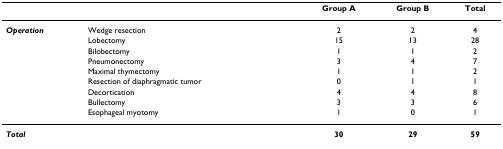
<table><thead><tr><td></td><td></td><td><b>Group A</b></td><td><b>Group B</b></td><td><b>Total</b></td></tr></thead><tbody><tr><td><b><i>Operation</i></b></td><td>Wedge resection</td><td>2</td><td>2</td><td>4</td></tr><tr><td></td><td>Lobectomy</td><td>15</td><td>13</td><td>28</td></tr><tr><td></td><td>Bilobectomy</td><td>1</td><td>1</td><td>2</td></tr><tr><td></td><td>Pneumonectomy</td><td>3</td><td>4</td><td>7</td></tr><tr><td></td><td>Maximal thymectomy</td><td>1</td><td>1</td><td>2</td></tr><tr><td></td><td>Resection of diaphragmatic tumor</td><td>0</td><td>1</td><td>1</td></tr><tr><td></td><td>Decortication</td><td>4</td><td>4</td><td>8</td></tr><tr><td></td><td>Bullectomy</td><td>3</td><td>3</td><td>6</td></tr><tr><td></td><td>Esophageal myotomy</td><td>1</td><td>0</td><td>1</td></tr><tr><td><b><i>Total</i></b></td><td></td><td><b>30</b></td><td><b>29</b></td><td><b>59</b></td></tr></tbody></table>